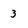
Character: 3